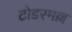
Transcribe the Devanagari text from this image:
टोडरमल्ल